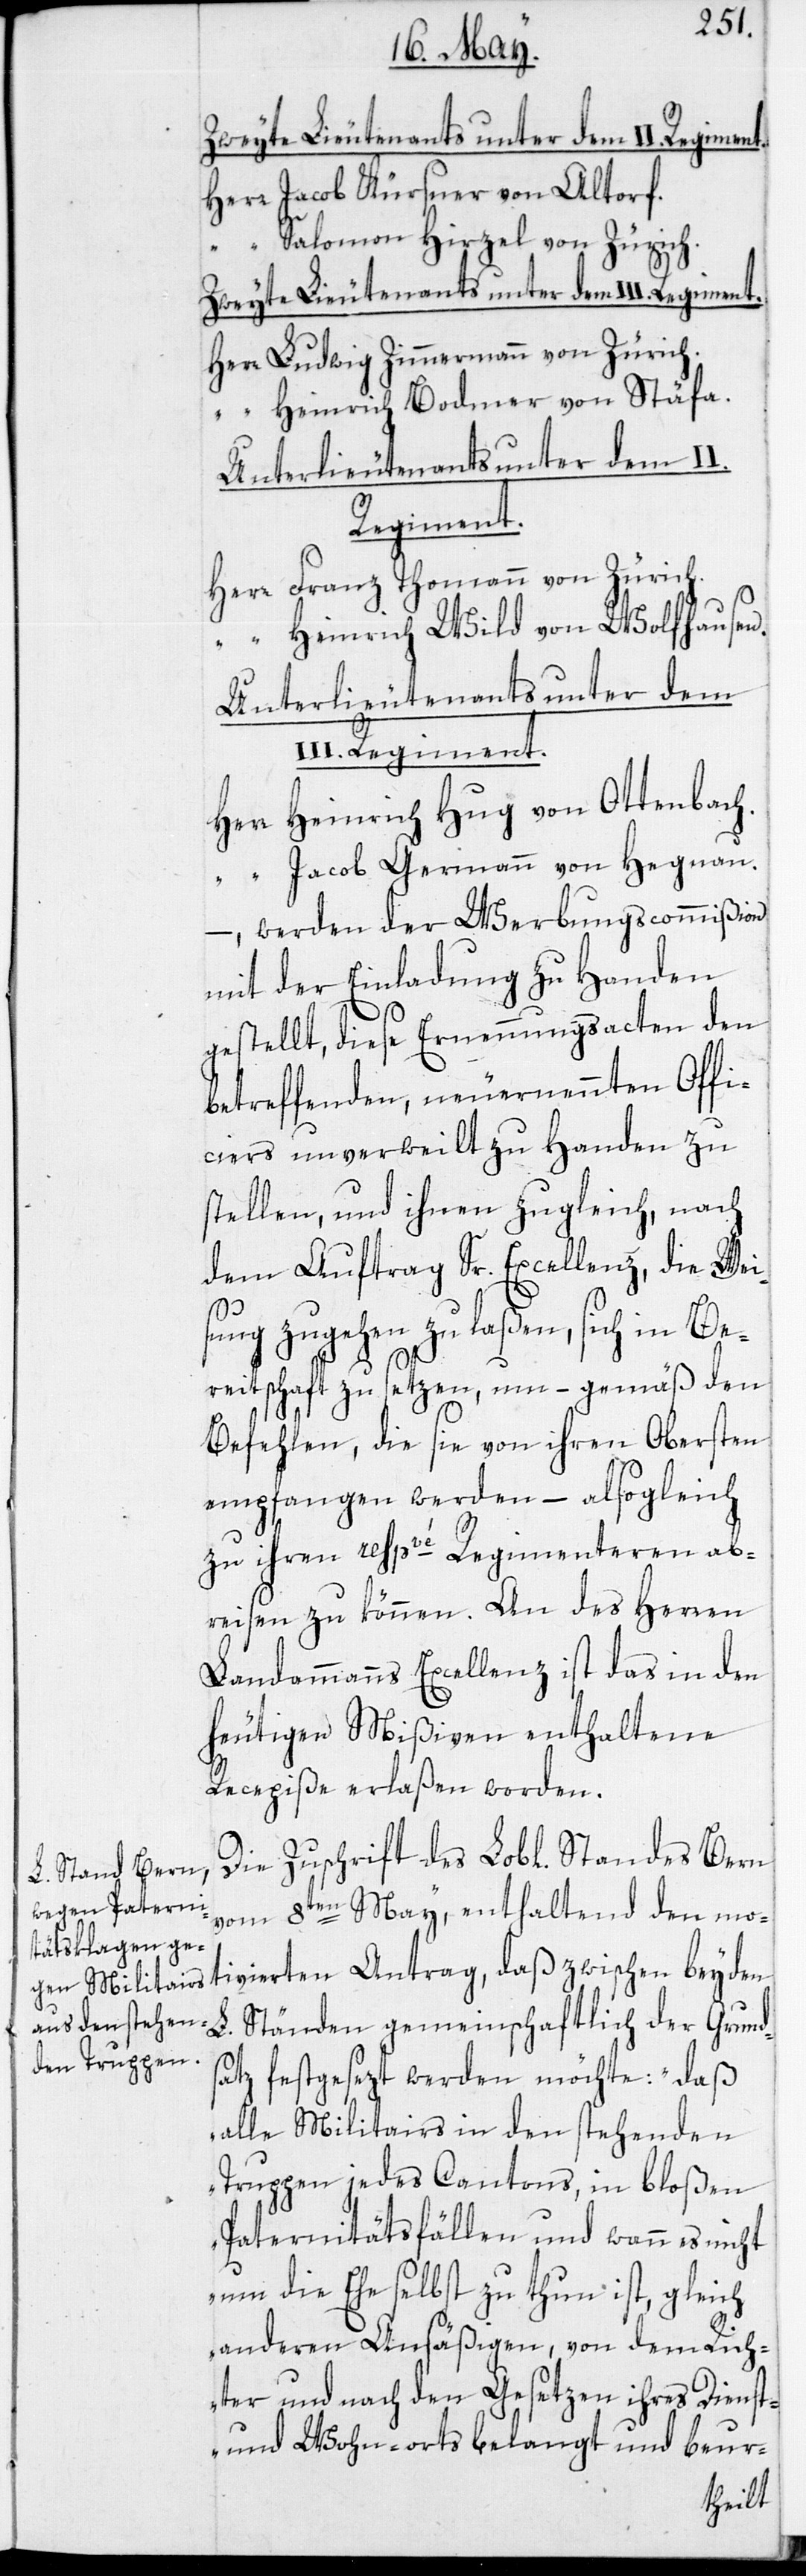
Herr Jacob Kürsner von Altorf.
“ Salomon Hirzel von Zürich.
Zweyte Lieutenants unter dem III. Regiment.
Herr Ludwig Zimmermann von Zürich.
“ Heinrich Bodmer von Stäfa.
Unterlieutenants unter dem II.
tivierten
Herr Franz Thomann von Zürich.
“ Heinrich Wild von Wolfhausen.
Unterlieutenants unter dem
Herr Heinrich Hug von Ottenbach.
“ Jacob Germann von Hegnau.
–, werden der Werbungscommißion
mit der Einladung zu Handen
gestellt, diese Ernennungsacten den
betreffenden, neuernannten Offi¬
ciers unverweilt zu Handen zu
stellen, und ihnen zugleich, nach
dem Auftrag Sr. Excellenz, die Wei¬
sung zugehen zu laßen, sich in Be¬
reitschaft zu setzen, um – gemäß den
Befehlen, die sie von ihren Obersten
empfangen werden, – alsogleich
zu ihren respvé Regimenteren ab¬
Landammanns Excellenz ist das in den
heutigen Mißiven enthaltene
Recepiße erlaßen worden.
vom 8ten May, enthaltend den mo¬
L. Ständen gemeinschaftlich der Grunds¬
atz festgesezt werden möchte: „Daß
alle Militairs in den stehenden
Truppen jedes Cantons, in bloßen
Paternitätsfällen und wann es nicht
um die Ehe selbst zu thun ist, gleich
anderen Ansäßigen, von dem Rich¬
ter und nach den Gesetzen ihres Dienst-
und Wohn-orts belangt und beur-
reisen